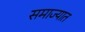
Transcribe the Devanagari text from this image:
समाज्यात